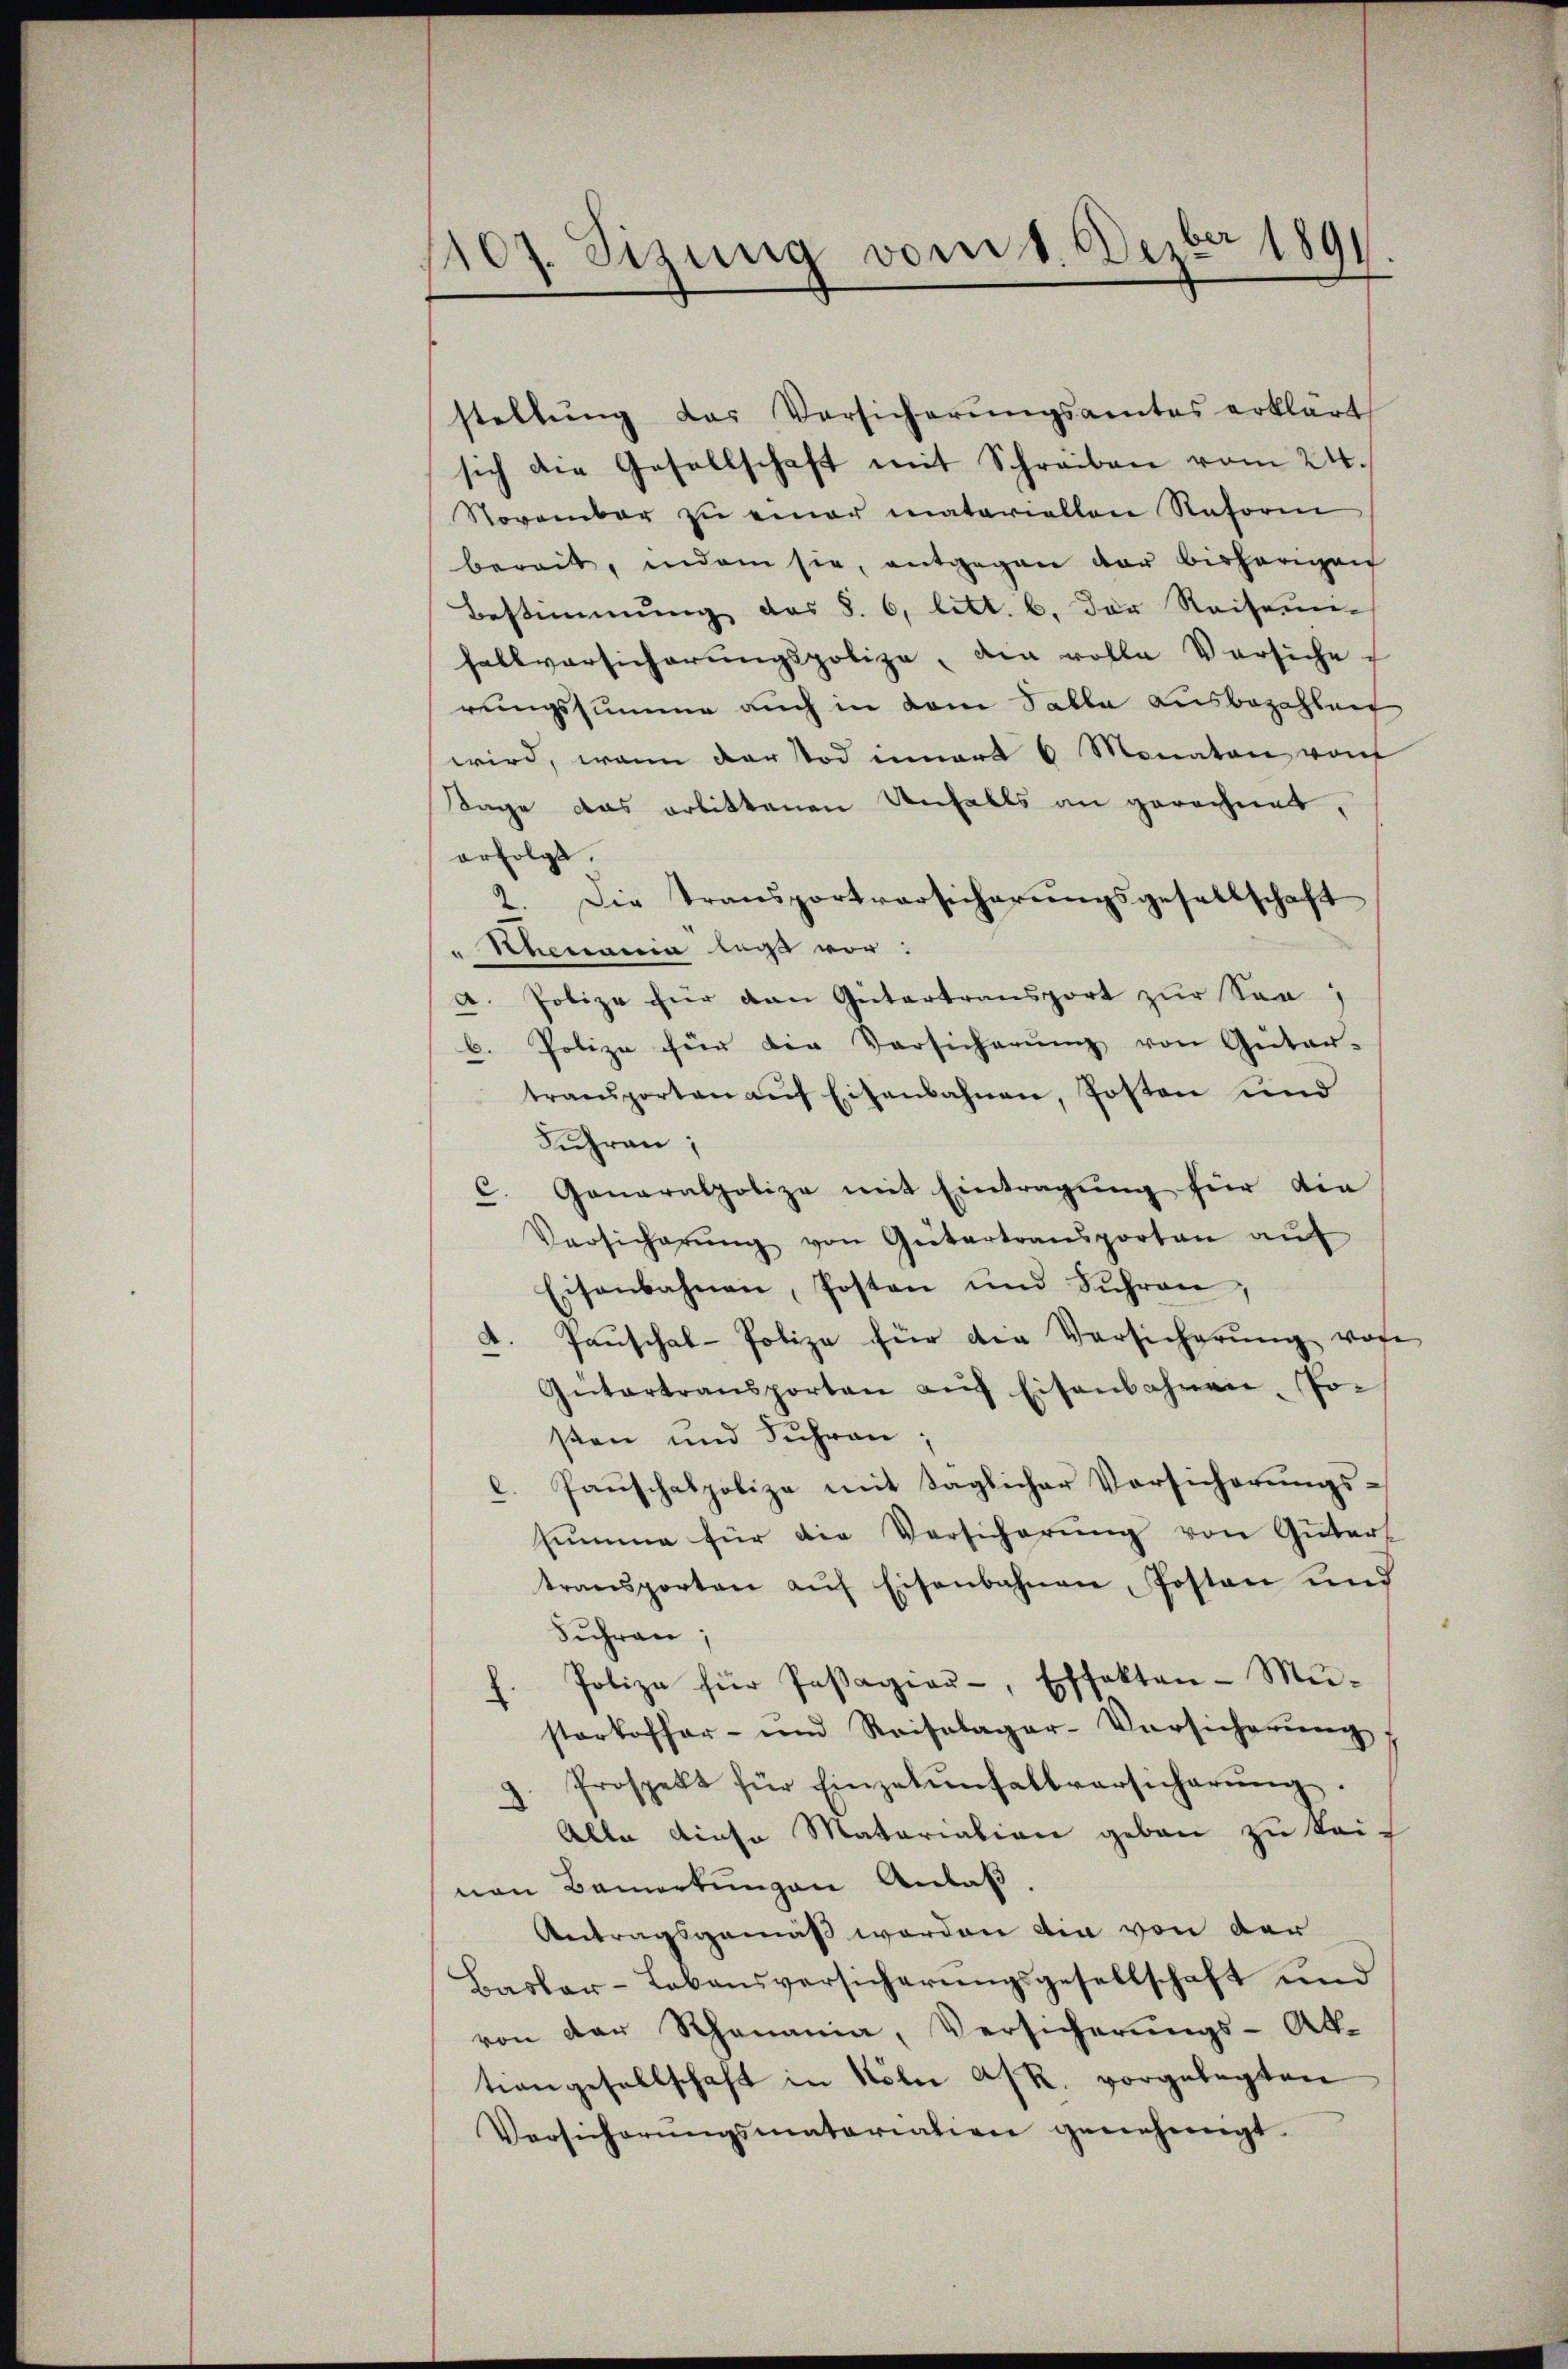
1107. Sizung vom 1. Dezbr 1891

stellŭng das Versicherŭngsamtes erklärt
sich die Gesellschaft mit Schreiben vom 24.
November zŭ einer matariellen Reform
bereit, indem sie, entgegen der bisherigen
Bestimmung des §. 6, litt. b. der Reisen
fallversicherŭngspolize, den volle Versiche
rungssumme auch in dem Falle ausbezahlen
wird, wenn der Tod innert 6 Monaten vom
Tage das erbittenen Unfalls an gerechnet,
erfolgt.
2. Die Transportversicherungsgesellschaft
" Schmania legt vor:
A. Polize für den Gütertransport zur Son
b. Polize für die Versicherŭng von Güter-
transporten aŭf Eisenbahnen, Posten und
Fuhren;
C. Generalpolize mit Eintragŭng für die
Versicherŭng von Gütertransportan aŭf
Eisenbahnen, Posten und Sŭhren,
A. Pauschal-Polize für die Versicherŭng vore
Gütertransporten aŭf Eisenbahnen, Po-
sten und Suhren;
Paṅschalpolize mit täglicher Vorsicherŭngs-
2
humme für die Versicherung von Gütert
transporten aŭf Eisenbahnen Posten und
Fuhren;
Polize für Passagier-, Effekten-Mü-
starkoffar- und Reisolagar-Versicherŭng,
Prospekt für Einzelenfallversicherŭng.
Alle diese Matariation geben zu keinen Bemerkungen Anlaß,
Antragsgemäß werden die von der
Basler-Lebensversicherungsgesellschaft und
von der Rhonania, Versicherungs-Ak-
trangesellschaft in Köln A/R. vorgelegten
Versicherŭngsmatariation genehmigt.